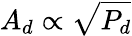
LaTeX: A_{d}\propto\sqrt{P_{d}}